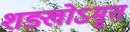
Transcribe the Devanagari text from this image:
शङ्खोऽमृतं